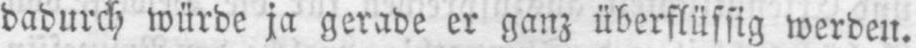
dadurch würde ja gerade er ganz überflüssig werden.